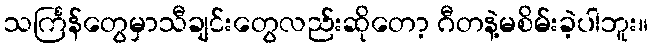
သင်္ကြန်တွေမှာသီချင်းတွေလည်းဆိုတော့ ဂီတနဲ့မစိမ်းခဲ့ပါဘူး။